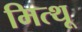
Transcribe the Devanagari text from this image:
मित्थू